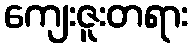
ကျေးဇူးတရား